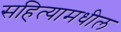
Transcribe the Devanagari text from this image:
सहित्यामधील